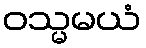
ဝသ္မမယံ